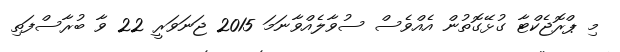
މި ޕްރޮޖެކްޓާ ގުޅޭގޮތުން އެއްވެސް ސުވާލެއްވާނަމަ 2015 ޖަނަވަރީ 22 ވާ ބުރާސްފަތި